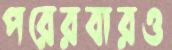
পরেরবারও